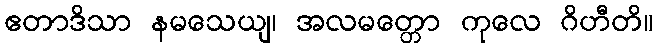
ဧတာဒိသာ နမသေယျ၊ အလမတ္တော ကုလေ ဂိဟီတိ။